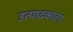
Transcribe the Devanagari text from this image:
उत्पादकाला